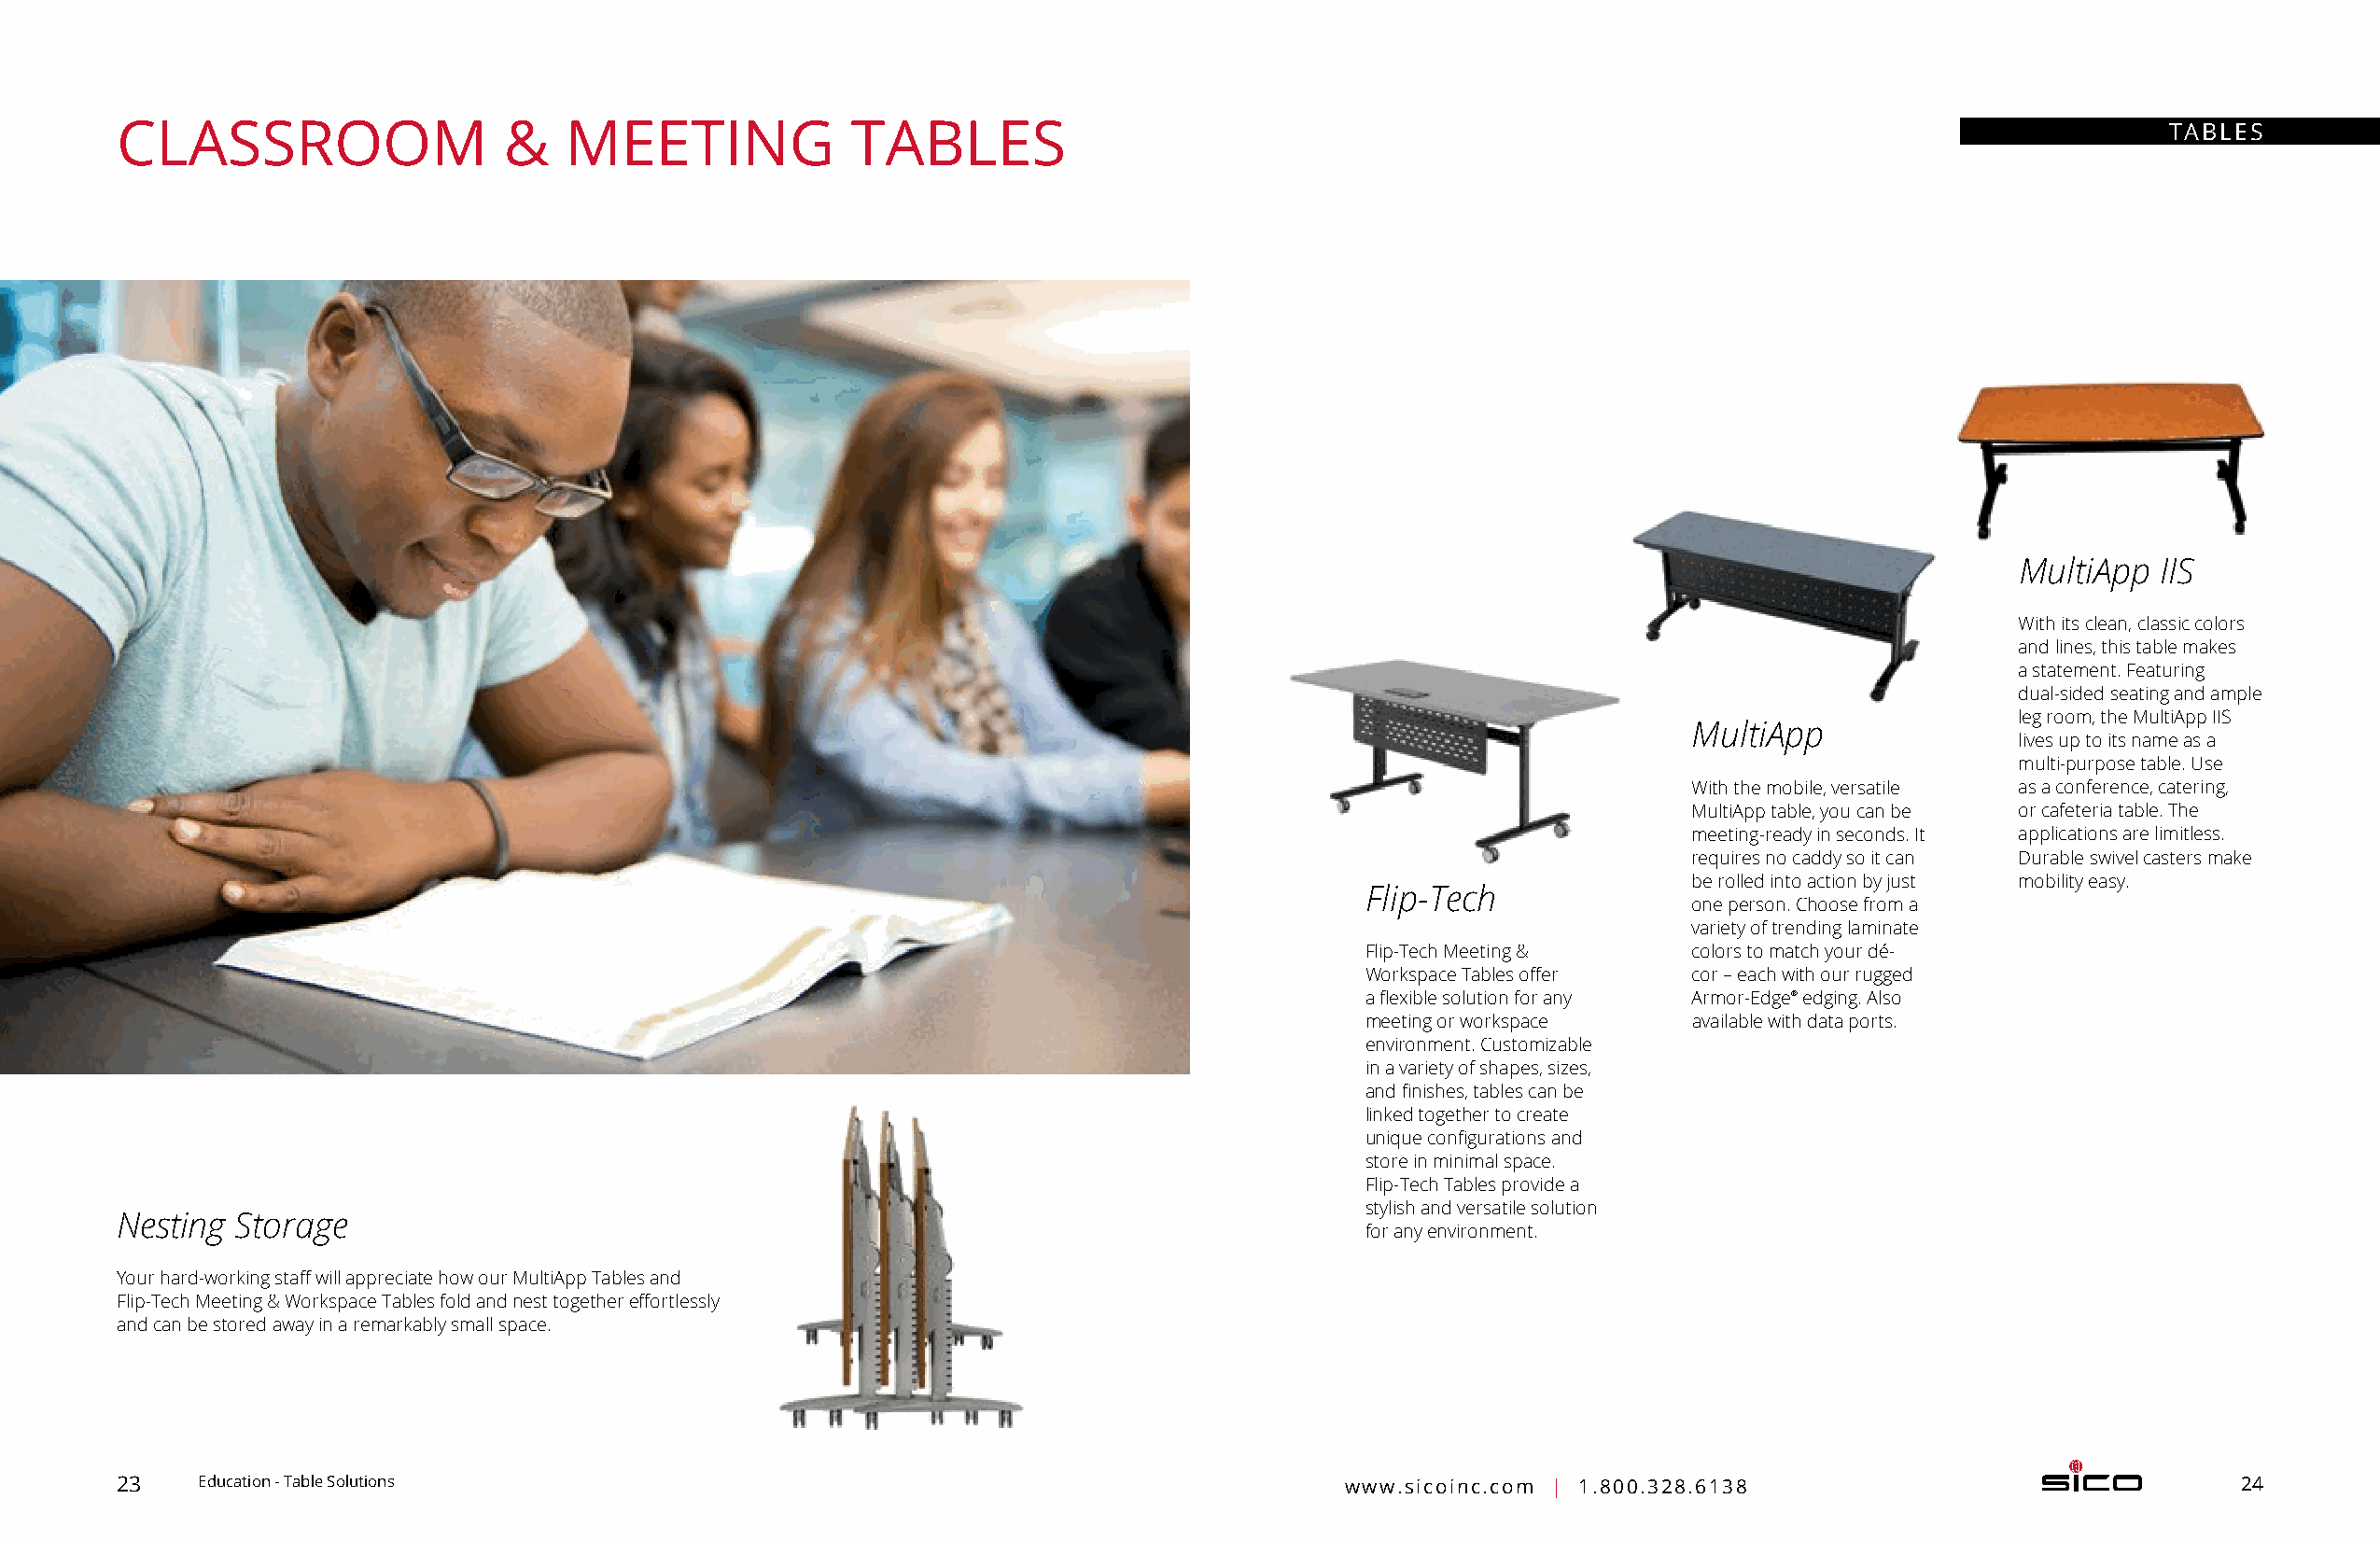
CLASSROOM                   &   MEETING             TABLES                                                                                        TABLES
 MultiApp  IIS
 With its clean, classic colors
 and lines, this table makes
 a statement. F eaturing
 dual-sided seating and ample
 leg room, the M ultiApp IIS
 MultiApp
 lives up to its name as a
 multi-purpose table. U se
 With the mobile, versatile as a conference, c atering,
 MultiApp table, you can be or cafeteria table. The
 meeting-ready in seconds. It applications are limitless.
 requires no caddy so it can Durable swivel casters make
 be rolled into action by just mobility easy.
 Flip-Tech
 one person. Choose from a
 variety of trending laminate
 Flip-Tech Meeting &    colors to match your dé-
 Workspace Tables offer cor – each with our rugged
 a flexible solution for any Armor-Edge® edging. Also
 meeting or workspace   available with data ports.
 environment. Customizable
 in a variety of shapes, sizes,
 and finishes, tables can be
 linked together to create
 unique configurations and
 store in minimal space.
 Flip-Tech Tables provide a
 stylish and versatile solution
 Nesting  Storage
 for any e nvironment.
 Your hard-working staff will appreciate how our MultiApp Tables and
 Flip-Tech Meeting & Workspace Tables fold and nest together effortlessly
 and can be stored away in a remarkably small space.
 23    Education - Table Solutions                                                      www.sicoinc.com | 1.800.328.6138                                24